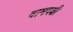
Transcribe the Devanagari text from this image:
वामपक्षी